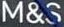
M&S